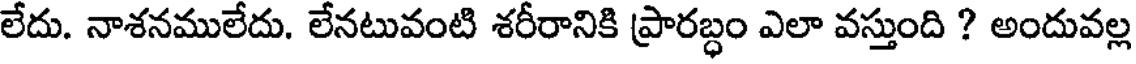
లేదు. నాశనములేదు. లేనటువంటి శరీరానికి ప్రారబ్ధం ఎలా వస్తుంది ? అందువల్ల